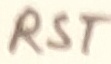
Text: RST